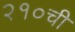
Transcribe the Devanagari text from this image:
२१०ची